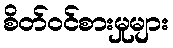
စိတ်ဝင်စားမှုများ